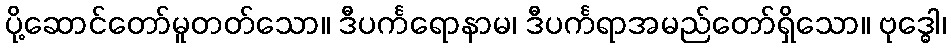
ပို့ဆောင်တော်မူတတ်သော။ ဒီပင်္ကရောနာမ၊ ဒီပင်္ကရာအမည်တော်ရှိသော။ ဗုဒ္ဓေါ၊